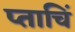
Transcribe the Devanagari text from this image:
प्ताचिं